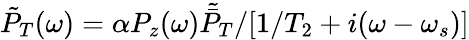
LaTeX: \tilde{P}_{T}(\omega)=\alpha P_{z}(\omega)\tilde{\bar{P}}_{T}/[1/T_{2}+i(\omega-\omega_{s})]